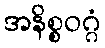
အနိစ္စဝဂ္ဂံ